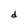
Character: d